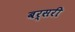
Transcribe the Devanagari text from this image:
बर्सरी